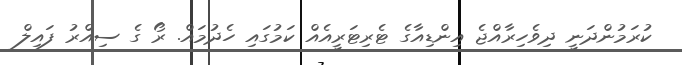
ކުރަމުންދަނީ ދިވެހިރާއްޖެ އިންޑިއާގެ ޓެރިޓަރީއެއް ކަމުގައި ހެދުމައް. ރޯ ގެ ސިއްރު ފައިލް